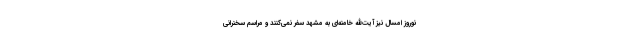
نوروز امسال نیز آیت‌الله خامنه‌ای به مشهد سفر نمی‌کنند و مراسم سخنرانی